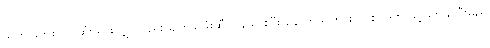
သတင်းတစ်ပုဒ် ဆုံးသွားလျှင်လည်း မျက်နှာဖုံးဆီ ပြန်သွားပြီး နောက်သတင်း တစ်ပုဒ်ကို ဖွင့်ဖတ်နိုင်ဦးမည်